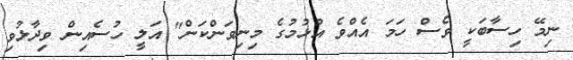
ނިމޭ ހިސާބަކީ ވެސް ހަމަ އެއްވެ އުޅުމުގެ މިނިވަންކަން" އަލީ ހުސެއިން ވިދާޅުވި